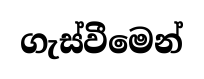
ගැස්වීමෙන්